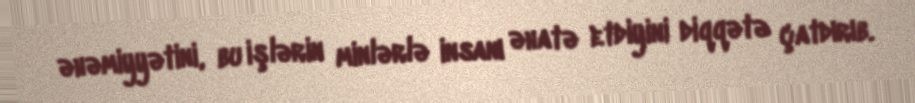
əhəmiyyətini, bu işlərin minlərlə insanı əhatə etdiyini diqqətə çatdırıb.